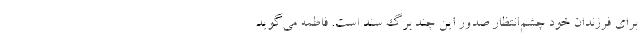
براي فرزندان خود چشم‌انتظار صدور اين چند برگ سند است. فاطمه مي‌گويد